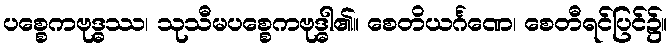
ပစ္စေကဗုဒ္ဓဿ၊ သုသီမပစ္စေကဗုဒ္ဓါ၏။ စေတိယင်္ဂဏေ၊ စေတီရင်ပြင်၌။